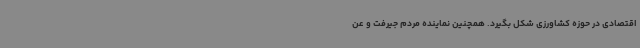
اقتصادی در حوزه کشاورزی شکل بگیرد. همچنین نماینده مردم جیرفت و عن